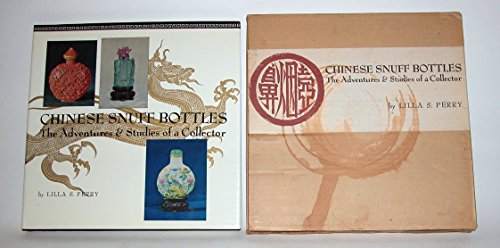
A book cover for Chinese Snuff Bottles: The Adventures & Studies of a Collector; L. S. Perry; Crafts, Hobbies & Home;